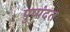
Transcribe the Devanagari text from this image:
पुष्पंदत